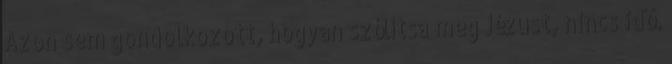
Azon sem gondolkozott, hogyan szólítsa meg Jézust, nincs idő.